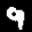
Label: 9